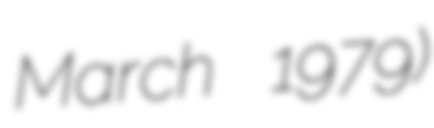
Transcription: March 1979)